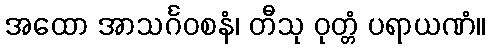
အထော အာသင်္ဂဝစနံ၊ တီသု ဝုတ္တံ ပရာယဏံ။